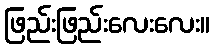
ဖြည်းဖြည်းလေးလေး။